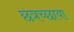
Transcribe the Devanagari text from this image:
छत्रच्छाया